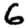
Digit: 6